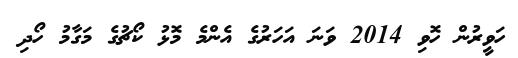
ހަވީރުން ހޮވި 2014 ވަނަ އަހަރުގެ އެންމެ މޮޅު ކޯޗުގެ މަގާމު ހޯދި